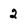
Character: 2